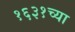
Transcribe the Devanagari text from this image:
१६३१च्या